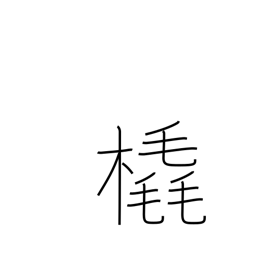
Meaning: sleigh